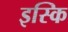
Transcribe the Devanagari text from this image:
इस्कि